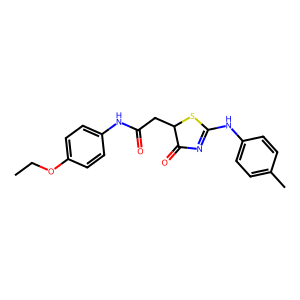
SMILES: CCOc1ccc(NC(=O)CC2SC(Nc3ccc(C)cc3)=NC2=O)cc1
Inhibits HIV replication: No